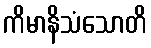
ကိမာနိသံသောတိ